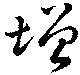
增